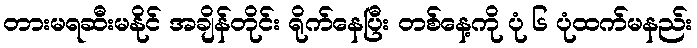
တားမရဆီးမနိုင် အချိန်တိုင်း ရိုက်နေပြီး တစ်နေ့ကို ပုံ ၆ ပုံထက်မနည်း